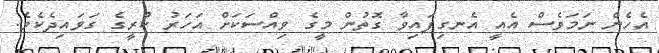
އެހެން ނަމަވެސް އެއީ އެނގިފައިވާ ގޮތުން މީގެ ވިއްސަކަށް އަހަރު ކުރީގެ ގަވައިދެކެވެ.